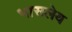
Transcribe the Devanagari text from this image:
भासलेय